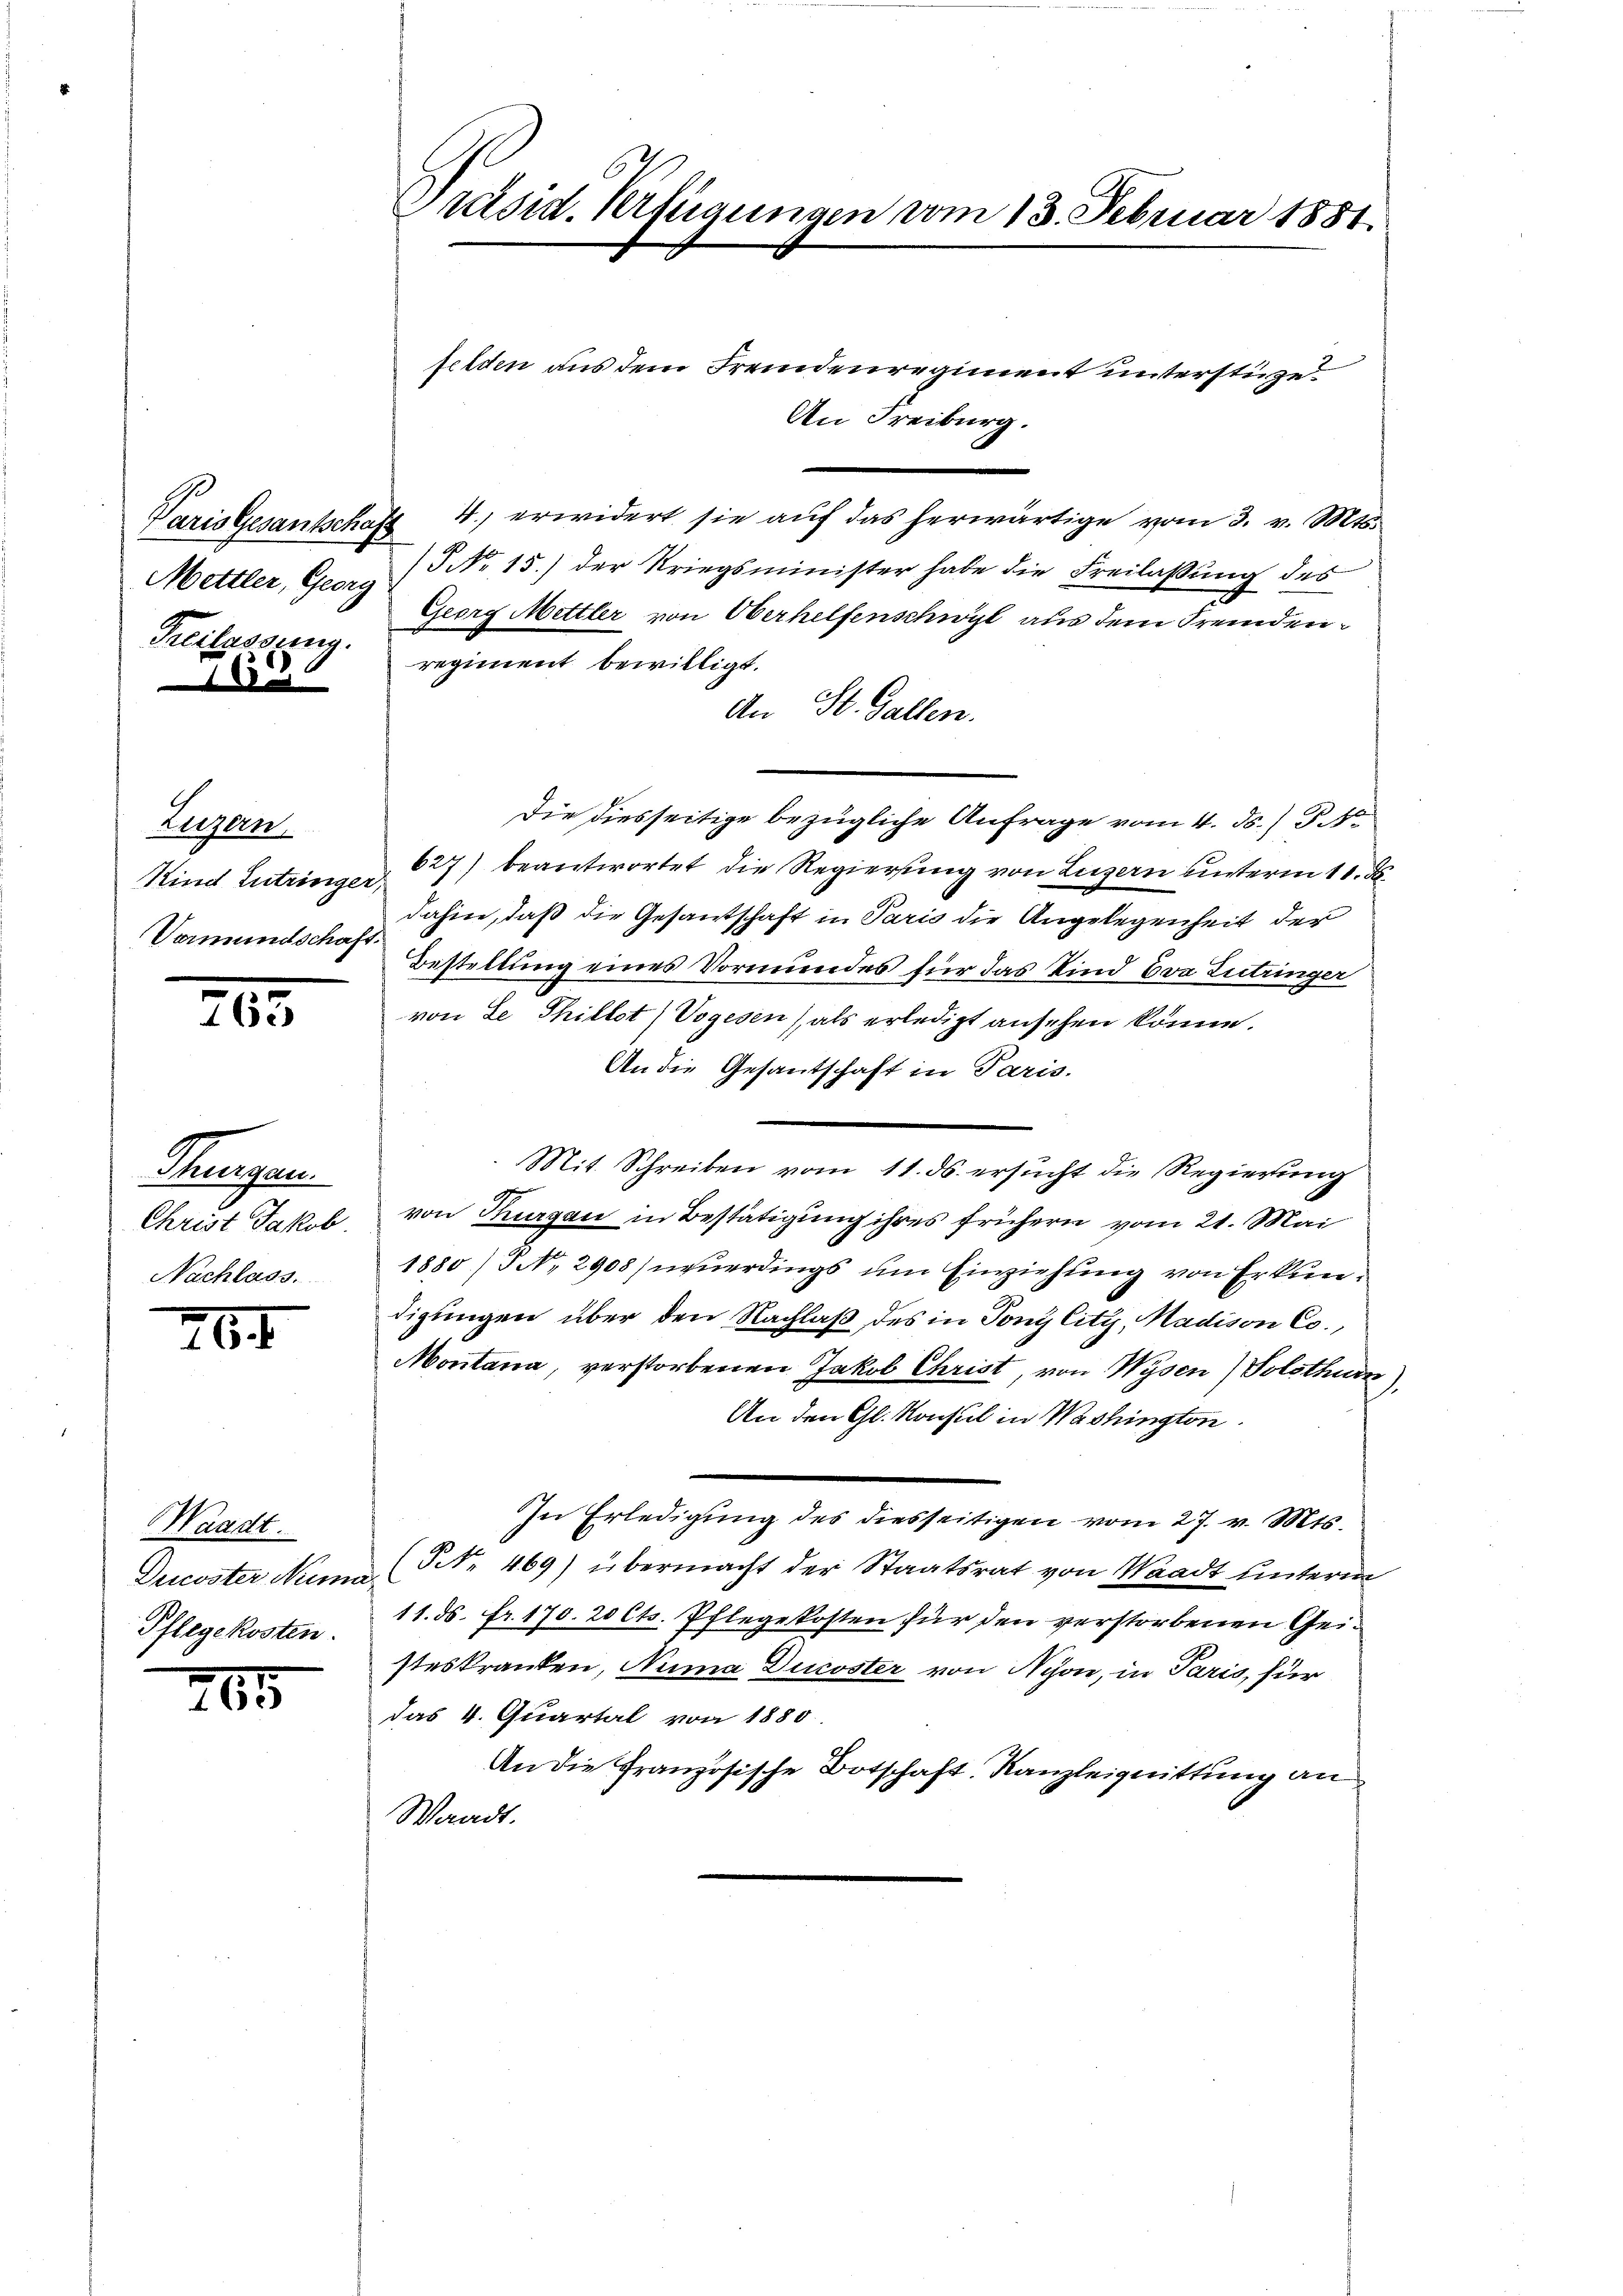
Mettler, Georg
Kreilassung.

Eugen
Kind Entringer,
Vormundschaft.

265

Pressen.
Christ Jakob
Nachlass.

264

Waadt.
Dricoster Numa
Pflegekosten.

265

Präsid. Verfügungen vom 13. Februar 1881.

felden aus dem Fremdenregiment unterstütze
An Freiburg.
Paris Gesantschaft 4. erwidert sie aŭf das herwärtige vom 3. v. Mts.
(§ No 15.) der Kriegsminister habe die Freilassung des
Georg Mettler von Oberhelfenschwyl aus dem Fremdenregiment bewilligt.
An St. Gallen.
Die diesseitige bezügliche Anfrage vom 4. ds. (T.10
627) beantwortet die Regierung von Luzern unterm 11. d.
dahin, daß die Gesantschaft in Paris die Angelegenheit der
Bestellung eines Vormundes für das Kind Eva Zutringer
von Le Thillet (Vogesen), als erledigt ansehen könne.
An die Gesandschaft in Paris.
Mit Schreiben vom 11. ds. ersucht die Regierung
von Thurgau in Bestätigung ihres frühern vom 21. Mai
1880/ NNo. 2908) neuerdings um Einziehung von Erkundigungen über den Nachlaß des in Tonglitz, Madison Co
Montana, verstorbenen Jakob Christ, von Wysen) Solothurn),
An den Gl. Konsul in Washington
In Erledigung des diesseitigen vom 27. v. Mts.
(NNo. 469) übermacht der Staatsrat von Waadt unterm
11. ds. fr. 170. 20 Cts. Pflegekosten für den verstorbenen Geisteskranken, Numa Ducoster von Nyon, in Paris, für
das 4. Quartal von 1880.
An die Französische Botschaft. Kanzleignittung an
Waadt.